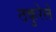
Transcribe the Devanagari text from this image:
ठकुरेले